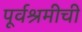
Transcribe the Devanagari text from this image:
पूर्वश्रमीची